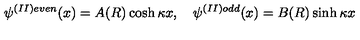
\psi ^ { ( I I ) e v e n } ( x ) = A ( R ) \cosh \kappa x , \quad \psi ^ { ( I I ) o d d } ( x ) = B ( R ) \sinh \kappa x